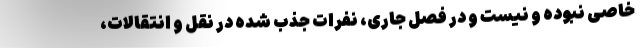
خاصی نبوده و نیست و در فصل جاری، نفرات جذب شده در نقل و انتقالات،